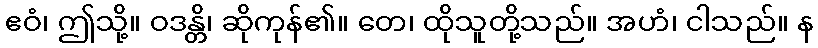
ဧဝံ၊ ဤသို့။ ဝဒန္တိ၊ ဆိုကုန်၏။ တေ၊ ထိုသူတို့သည်။ အဟံ၊ ငါသည်။ န